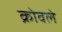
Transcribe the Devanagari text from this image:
क्रोवले